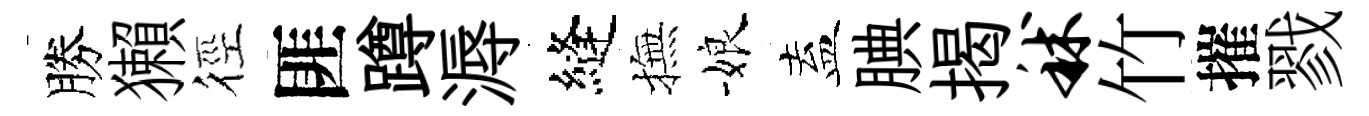
勝獺徑匪蹲溽縫撫娘盍腆揭秫竹摧戮